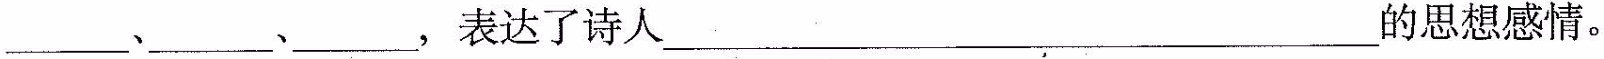
___、___、___，表达了诗人___的思想感情。